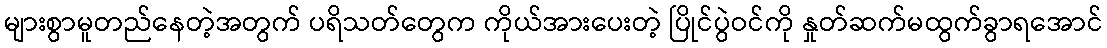
များစွာမူတည်နေတဲ့အတွက် ပရိသတ်တွေက ကိုယ်အားပေးတဲ့ ပြိုင်ပွဲဝင်ကို နှုတ်ဆက်မထွက်ခွာရအောင်